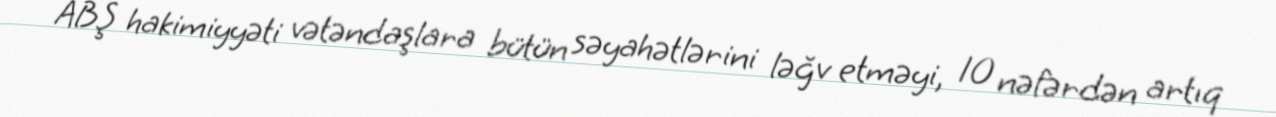
ABŞ hakimiyyəti vətəndaşlara bütün səyahətlərini ləğv etməyi, 10 nəfərdən artıq